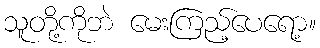
သူတို့ကိုဘဲ မေးကြည့်ပေရော့။